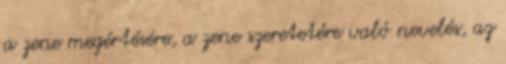
a zene megértésére, a zene szeretetére való nevelés, az